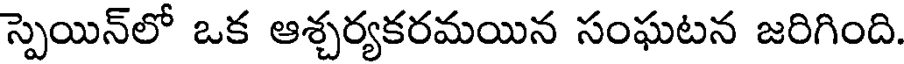
స్పెయిన్లో ఒక ఆశ్చర్యకరమయిన సంఘటన జరిగింది.